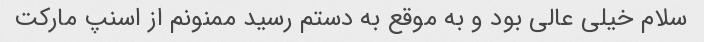
سلام خیلی عالی بود و به موقع به دستم رسید ممنونم از اسنپ مارکت